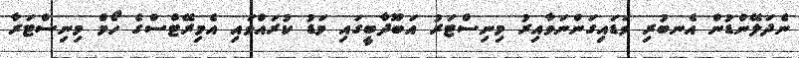
ނެދަލޭންޑުން އެނބުރި ވަޑައިގަންނަވާއިރު މިނިސްޓަރު އަބޫދާބީގައި މަޑު ކުރައްވައި އެމިރޭޓްސްގެ ހޯމް މިނިސްޓަރާ